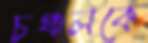
চঞ্চলকে